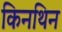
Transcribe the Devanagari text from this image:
किनथिन